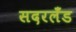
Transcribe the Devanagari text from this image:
सदरलँड